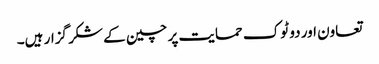
تعاون اور دو ٹوک حمایت پر چین کے شکر گزار ہیں۔